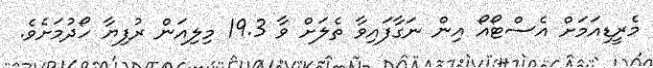
މެރީޑިއަމަށް އެސްޓޯއޯ އިން ނަގާފައިވާ ތެލަށް ވާ 19.3 މިލިއަން ރުފިޔާ ހޯދުމަށެވެ.